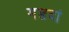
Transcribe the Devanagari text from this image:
मडदां